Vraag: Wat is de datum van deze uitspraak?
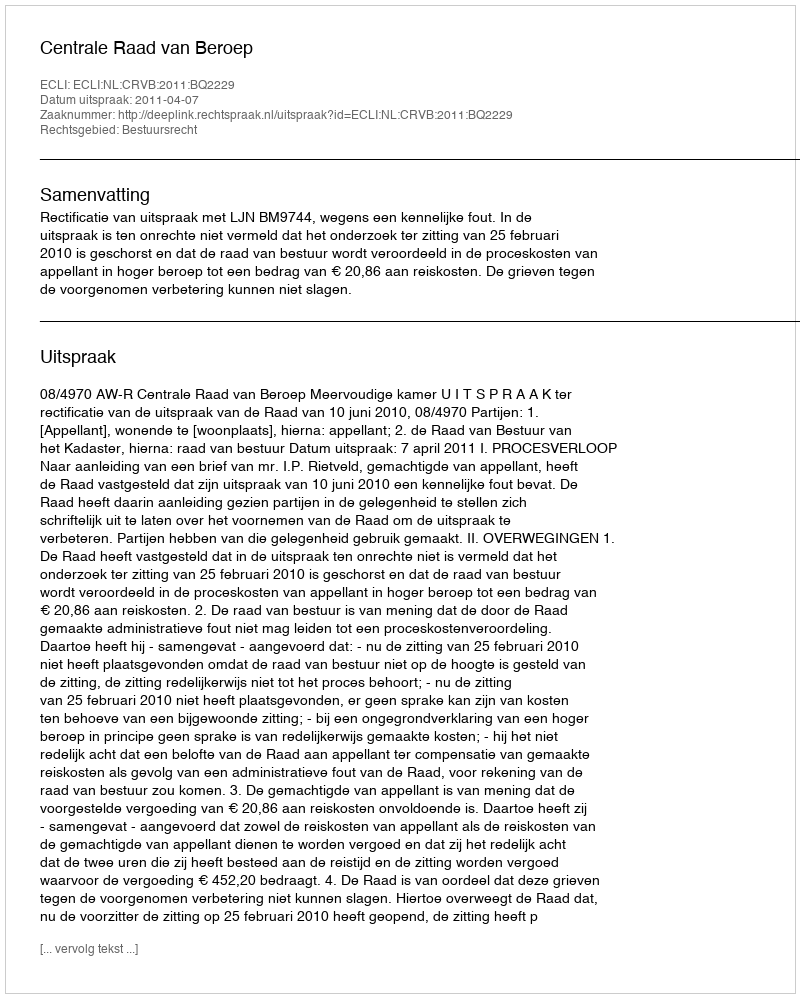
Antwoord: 2011-04-07